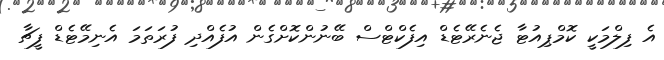
އެ ފިލްމަކީ ކޮމްޕިއުޓާ ޖެނެރޭޓެޑް އިފެކްޓްސް ބޭނުންކޮށްގެން އުފެއްދި ފުރަތަމަ އެނިމޭޓެޑް ފީޗާ